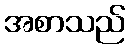
အစာသည်